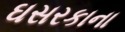
ઘસરકાના